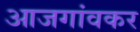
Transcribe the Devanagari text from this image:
आजगांवकर